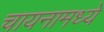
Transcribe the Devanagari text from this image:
चायनामध्ये